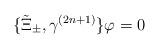
LaTeX: \begin{align*}\{\tilde{\Xi}_\pm,\gamma^{(2n+1)}\}\varphi=0\end{align*}